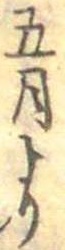
五月より